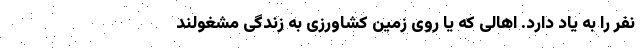
نفر را به یاد دارد. اهالی که یا روی زمین کشاورزی به زندگی مشغولند